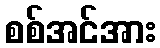
စစ်အင်အား